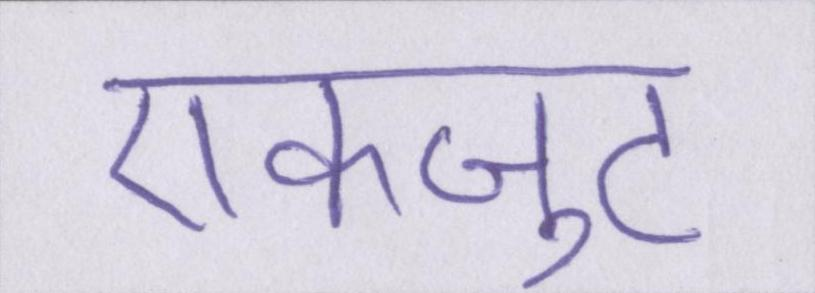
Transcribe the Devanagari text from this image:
एकजुट